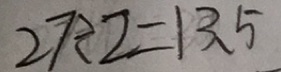
2 7 \div 2 = 1 3 . 5